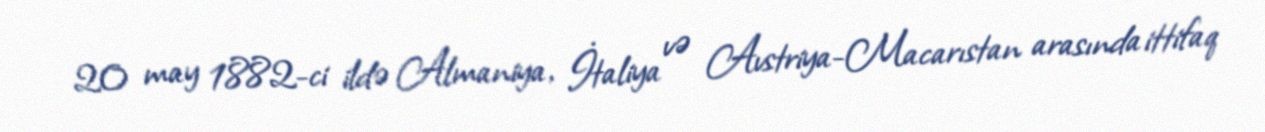
20 may 1882-ci ildə Almaniya, İtaliya və Avstriya-Macarıstan arasında ittifaq